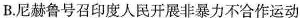
B.尼赫鲁号召印度人民开展非暴力不合作运动